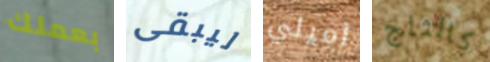
بعملك ليبقى اميلي كالثلج